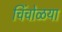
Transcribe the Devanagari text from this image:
चिंचोळया